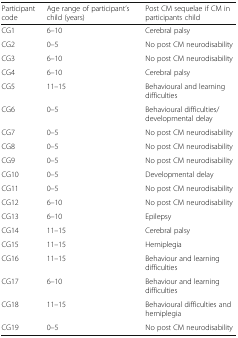
| Participant code | Age range of participant’s child (years) | Post CM sequelae if CM in participants child |
 | --- | --- | --- |
 | CG1 | 6–10 | Cerebral palsy |
 | CG2 | 0–5 | No post CM neurodisability |
 | CG3 | 6–10 | No post CM neurodisability |
 | CG4 | 6–10 | Cerebral palsy |
 | CG5 | 11–15 | Behavioural and learning difficulties |
 | CG6 | 0–5 | Behavioural difficulties/ developmental delay |
 | CG7 | 0–5 | No post CM neurodisability |
 | CG8 | 0–5 | No post CM neurodisability |
 | CG9 | 0–5 | No post CM neurodisability |
 | CG10 | 0–5 | Developmental delay |
 | CG11 | 0–5 | No post CM neurodisability |
 | CG12 | 6–10 | No post CM neurodisability |
 | CG13 | 6–10 | Epilepsy |
 | CG14 | 11–15 | Cerebral palsy |
 | CG15 | 11–15 | Hemiplegia |
 | CG16 | 11–15 | Behaviour and learning difficulties |
 | CG17 | 6–10 | Behaviour and learning difficulties |
 | CG18 | 11–15 | Behavioural difficulties and hemiplegia |
 | CG19 | 0–5 | No post CM neurodisability |